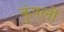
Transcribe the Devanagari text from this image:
कुंपली